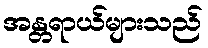
အန္တရာယ်များသည်